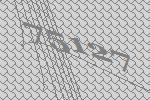
75127